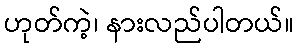
ဟုတ်ကဲ့၊ နားလည်ပါတယ်။